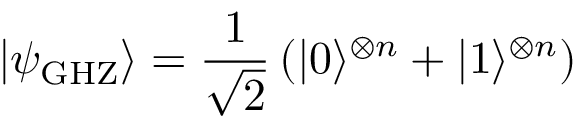
\left| \psi _ { \mathrm { G H Z } } \right\rangle = \frac { 1 } { \sqrt { 2 } } \left( | 0 \rangle ^ { \otimes n } + | 1 \rangle ^ { \otimes n } \right)